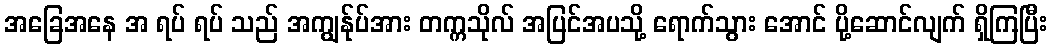
အခြေအနေ အ ရပ် ရပ် သည် အကျွန်ုပ်အား တက္ကသိုလ် အပြင်အပသို့ ရောက်သွား အောင် ပို့ဆောင်လျက် ရှိကြပြီး